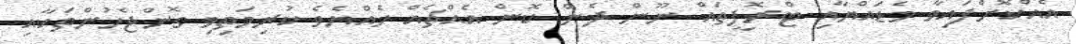
އެއްކޮށްފައިވާ މެޑައްޔާއި ޓްރޮފީތައް ނޫން ދެން ކޮން އެއްޗެއް ހެއްޔެވެ ކުރިމަތިވި ގޮންޖެހުންތަކާއި